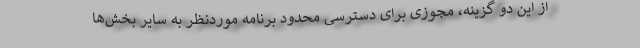
از این دو گزینه، مجوزی برای دسترسی محدود برنامه موردنظر به سایر بخش‌ها